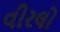
વીરલો